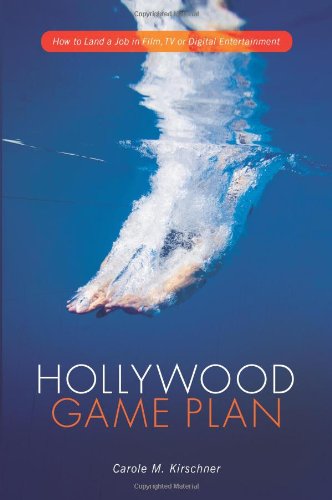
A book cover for Hollywood Game Plan: How to Land a Job in Film, TV and Digital Entertainment; Carole M. Kirschner; Humor & Entertainment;